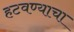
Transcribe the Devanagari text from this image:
हटवण्याचा